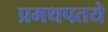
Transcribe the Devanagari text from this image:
प्रमथपतये